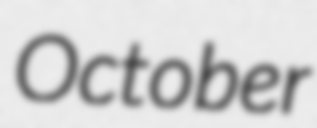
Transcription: October